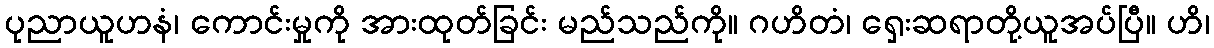
ပုညာယူဟနံ၊ ကောင်းမှုကို အားထုတ်ခြင်း မည်သည်ကို။ ဂဟိတံ၊ ရှေးဆရာတို့ယူအပ်ပြီ။ ဟိ၊